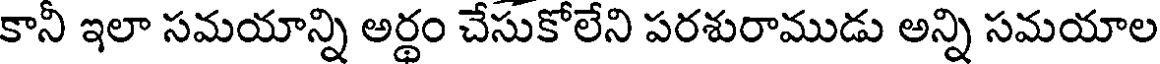
కానీ ఇలా సమయాన్ని అర్థం చేసుకోలేని పరశురాముడు అన్ని సమయాల